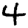
Digit: 4